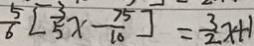
\frac { 5 } { 6 } [ \frac { 3 } { 5 } x - \frac { 7 5 } { 1 0 } ] = \frac { 3 } { 2 } x + 1